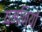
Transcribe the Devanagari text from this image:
यमनियों